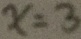
x = 3